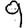
Digit: 9